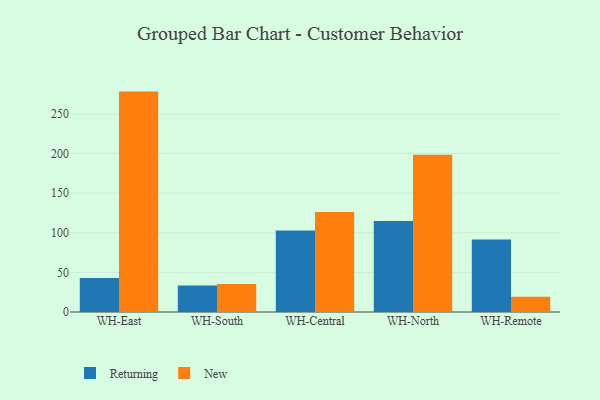
{"axis": {"x": "Warehouse", "y": "Market Share (%)"}, "legend": ["New", "Returning"], "data": [{"x": "WH-East", "y": 42.9, "type": "Returning"}, {"x": "WH-East", "y": 278.2, "type": "New"}, {"x": "WH-South", "y": 33.5, "type": "Returning"}, {"x": "WH-South", "y": 35.2, "type": "New"}, {"x": "WH-Central", "y": 103.0, "type": "Returning"}, {"x": "WH-Central", "y": 126.1, "type": "New"}, {"x": "WH-North", "y": 114.9, "type": "Returning"}, {"x": "WH-North", "y": 198.4, "type": "New"}, {"x": "WH-Remote", "y": 91.4, "type": "Returning"}, {"x": "WH-Remote", "y": 19.1, "type": "New"}]}